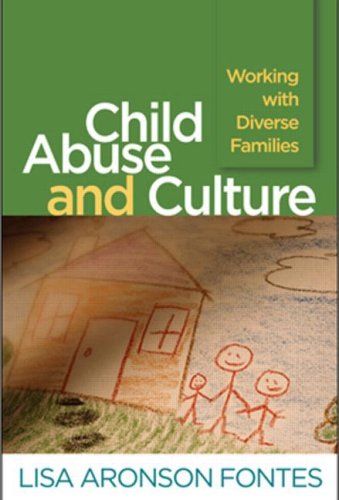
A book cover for Child Abuse and Culture: Working with Diverse Families; Lisa Aronson Fontes; Medical Books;